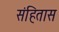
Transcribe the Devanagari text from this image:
संहितास